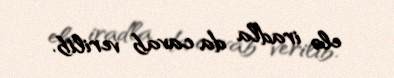
elə iradla da cavab verilib.